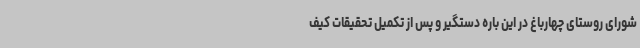
شورای روستای چهارباغ در این باره دستگیر و پس از تکمیل تحقیقات کیف